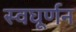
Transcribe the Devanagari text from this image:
स्वघूर्णन